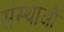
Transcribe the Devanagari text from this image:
संस्थाऔं